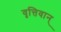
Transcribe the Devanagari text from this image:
वृत्तिवान्